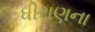
ધીરાણના